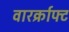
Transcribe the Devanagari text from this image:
वारर्क्राफ्ट